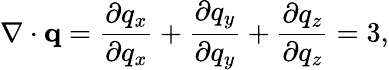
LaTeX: \nabla\cdot\mathbf{q}={\frac{\partial q_{x}}{\partial q_{x}}}+{\frac{\partial q_{y}}{\partial q_{y}}}+{\frac{\partial q_{z}}{\partial q_{z}}}=3,